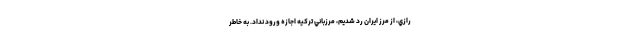
رازي، از مرز ايران رد شديم، مرزباني تركيه اجازه ورود نداد. به خاطر